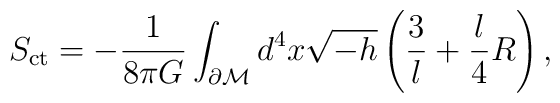
S_{\rm ct}=-\frac{1}{8\pi G} \int_{\partial \cal       M}d^4x\sqrt{-h}\left(\frac{3}{l}+\frac{l}{4}R\right),